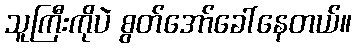
သူကြီးကိုပဲ စွတ်အော်ခေါ်နေတယ်။